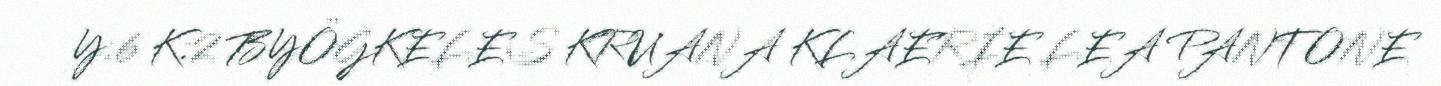
Y:6 K:2 BYÖGKELES KRUANA KLAERIE LEA PANTONE